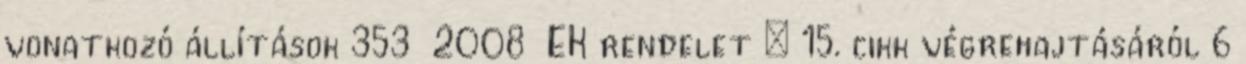
vonatkozó állítások 353 2008 EK rendelet – 15. cikk végrehajtásáról 6